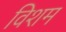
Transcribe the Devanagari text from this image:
विशम